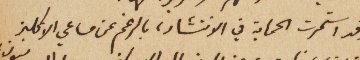
وقد استمرت الحماية في الانتشار، بالرغم عن مساعي الانكليز